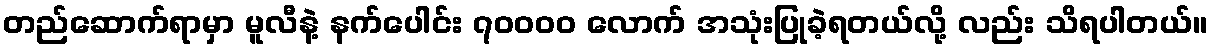
တည်ဆောက်ရာမှာ မူလီနဲ့ နက်ပေါင်း ၇၀၀၀၀ လောက် အသုံးပြုခဲ့ရတယ်လို့ လည်း သိရပါတယ်။